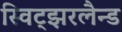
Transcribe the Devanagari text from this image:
स्विट्झरलैन्ड